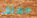
معلق